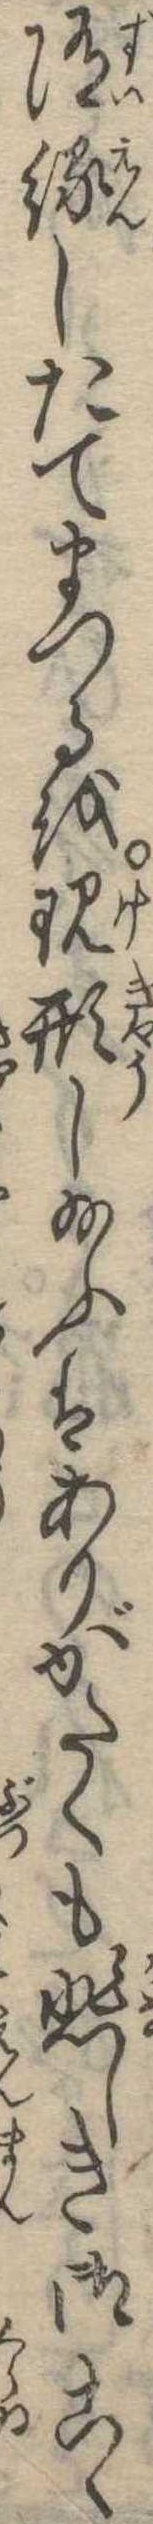
随縁したてまつるを現形し給ふはありがたくも悲しき御こゝ